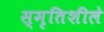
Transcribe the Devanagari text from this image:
स्मृतिशीले